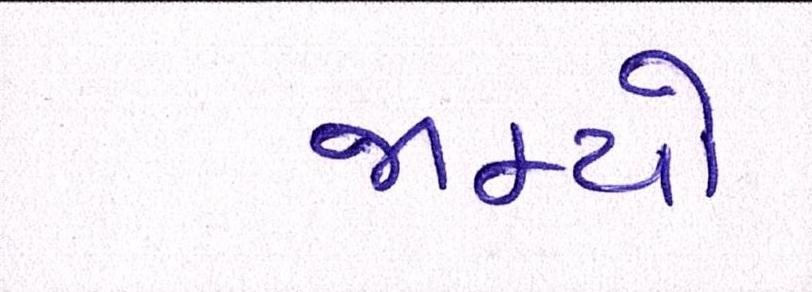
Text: જામ્યો